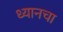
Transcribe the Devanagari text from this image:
ध्यानचा